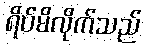
ရိပ်မိလိုက်သည်